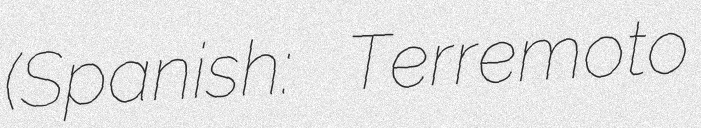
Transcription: (Spanish: Terremoto